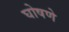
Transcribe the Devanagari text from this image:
घोषणे